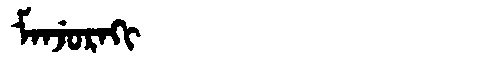
Manchu: ᠮᠠᠨᠵᡠᡵᠠᡴᡳ
Romanization: MANJURAKI